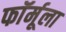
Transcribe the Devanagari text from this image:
फाॅर्मूला